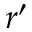
r ^ { \prime }